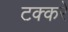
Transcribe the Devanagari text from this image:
टक्करे